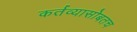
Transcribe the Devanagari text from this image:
कर्तव्यासोबतच